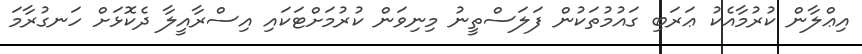
އިޢްލާން ކުރުމާއެކު ޢަރަބި ގައުމުތަކުން ފަލަސްތީނު މިނިވަން ކުރުމަށްޓަކައި އިސްރާއީލާ ދެކޮޅަށް ހަނގުރާމަ